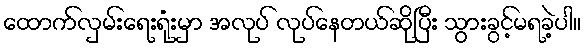
ထောက်လှမ်းရေးရုံးမှာ အလုပ် လုပ်နေတယ်ဆိုပြီး သွားခွင့်မရခဲ့ပါ။